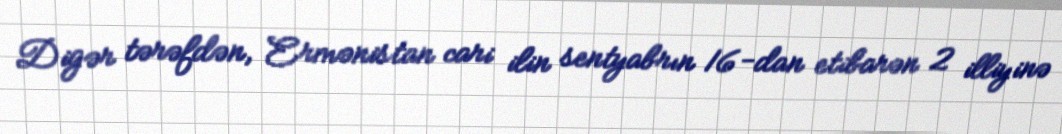
Digər tərəfdən, Ermənistan cari ilin sentyabrın 16-dan etibarən 2 illiyinə